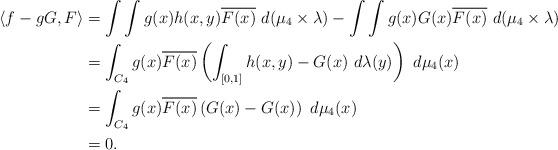
LaTeX: \begin{align*}\langle f - gG , F \rangle &= \int \int g(x) h(x,y) \overline{F(x)} \ d (\mu_{4} \times \lambda) - \int \int g(x)G(x)\overline{F(x)} \ d (\mu_{4} \times \lambda) \\&= \int_{C_{4}} g(x)\overline{F(x)} \left(\int_{[0,1]} h(x,y) - G(x) \ d \lambda(y) \right) \ d \mu_{4}(x) \\&= \int_{C_{4}} g(x)\overline{F(x)} \left( G(x) - G(x) \right) \ d \mu_{4}(x) \\&= 0.\end{align*}